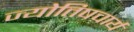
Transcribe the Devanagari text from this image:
ज्योतिषचार्य